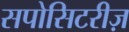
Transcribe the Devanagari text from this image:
सपोसिटरीज़